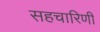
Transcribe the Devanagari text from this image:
सहचारिणीं